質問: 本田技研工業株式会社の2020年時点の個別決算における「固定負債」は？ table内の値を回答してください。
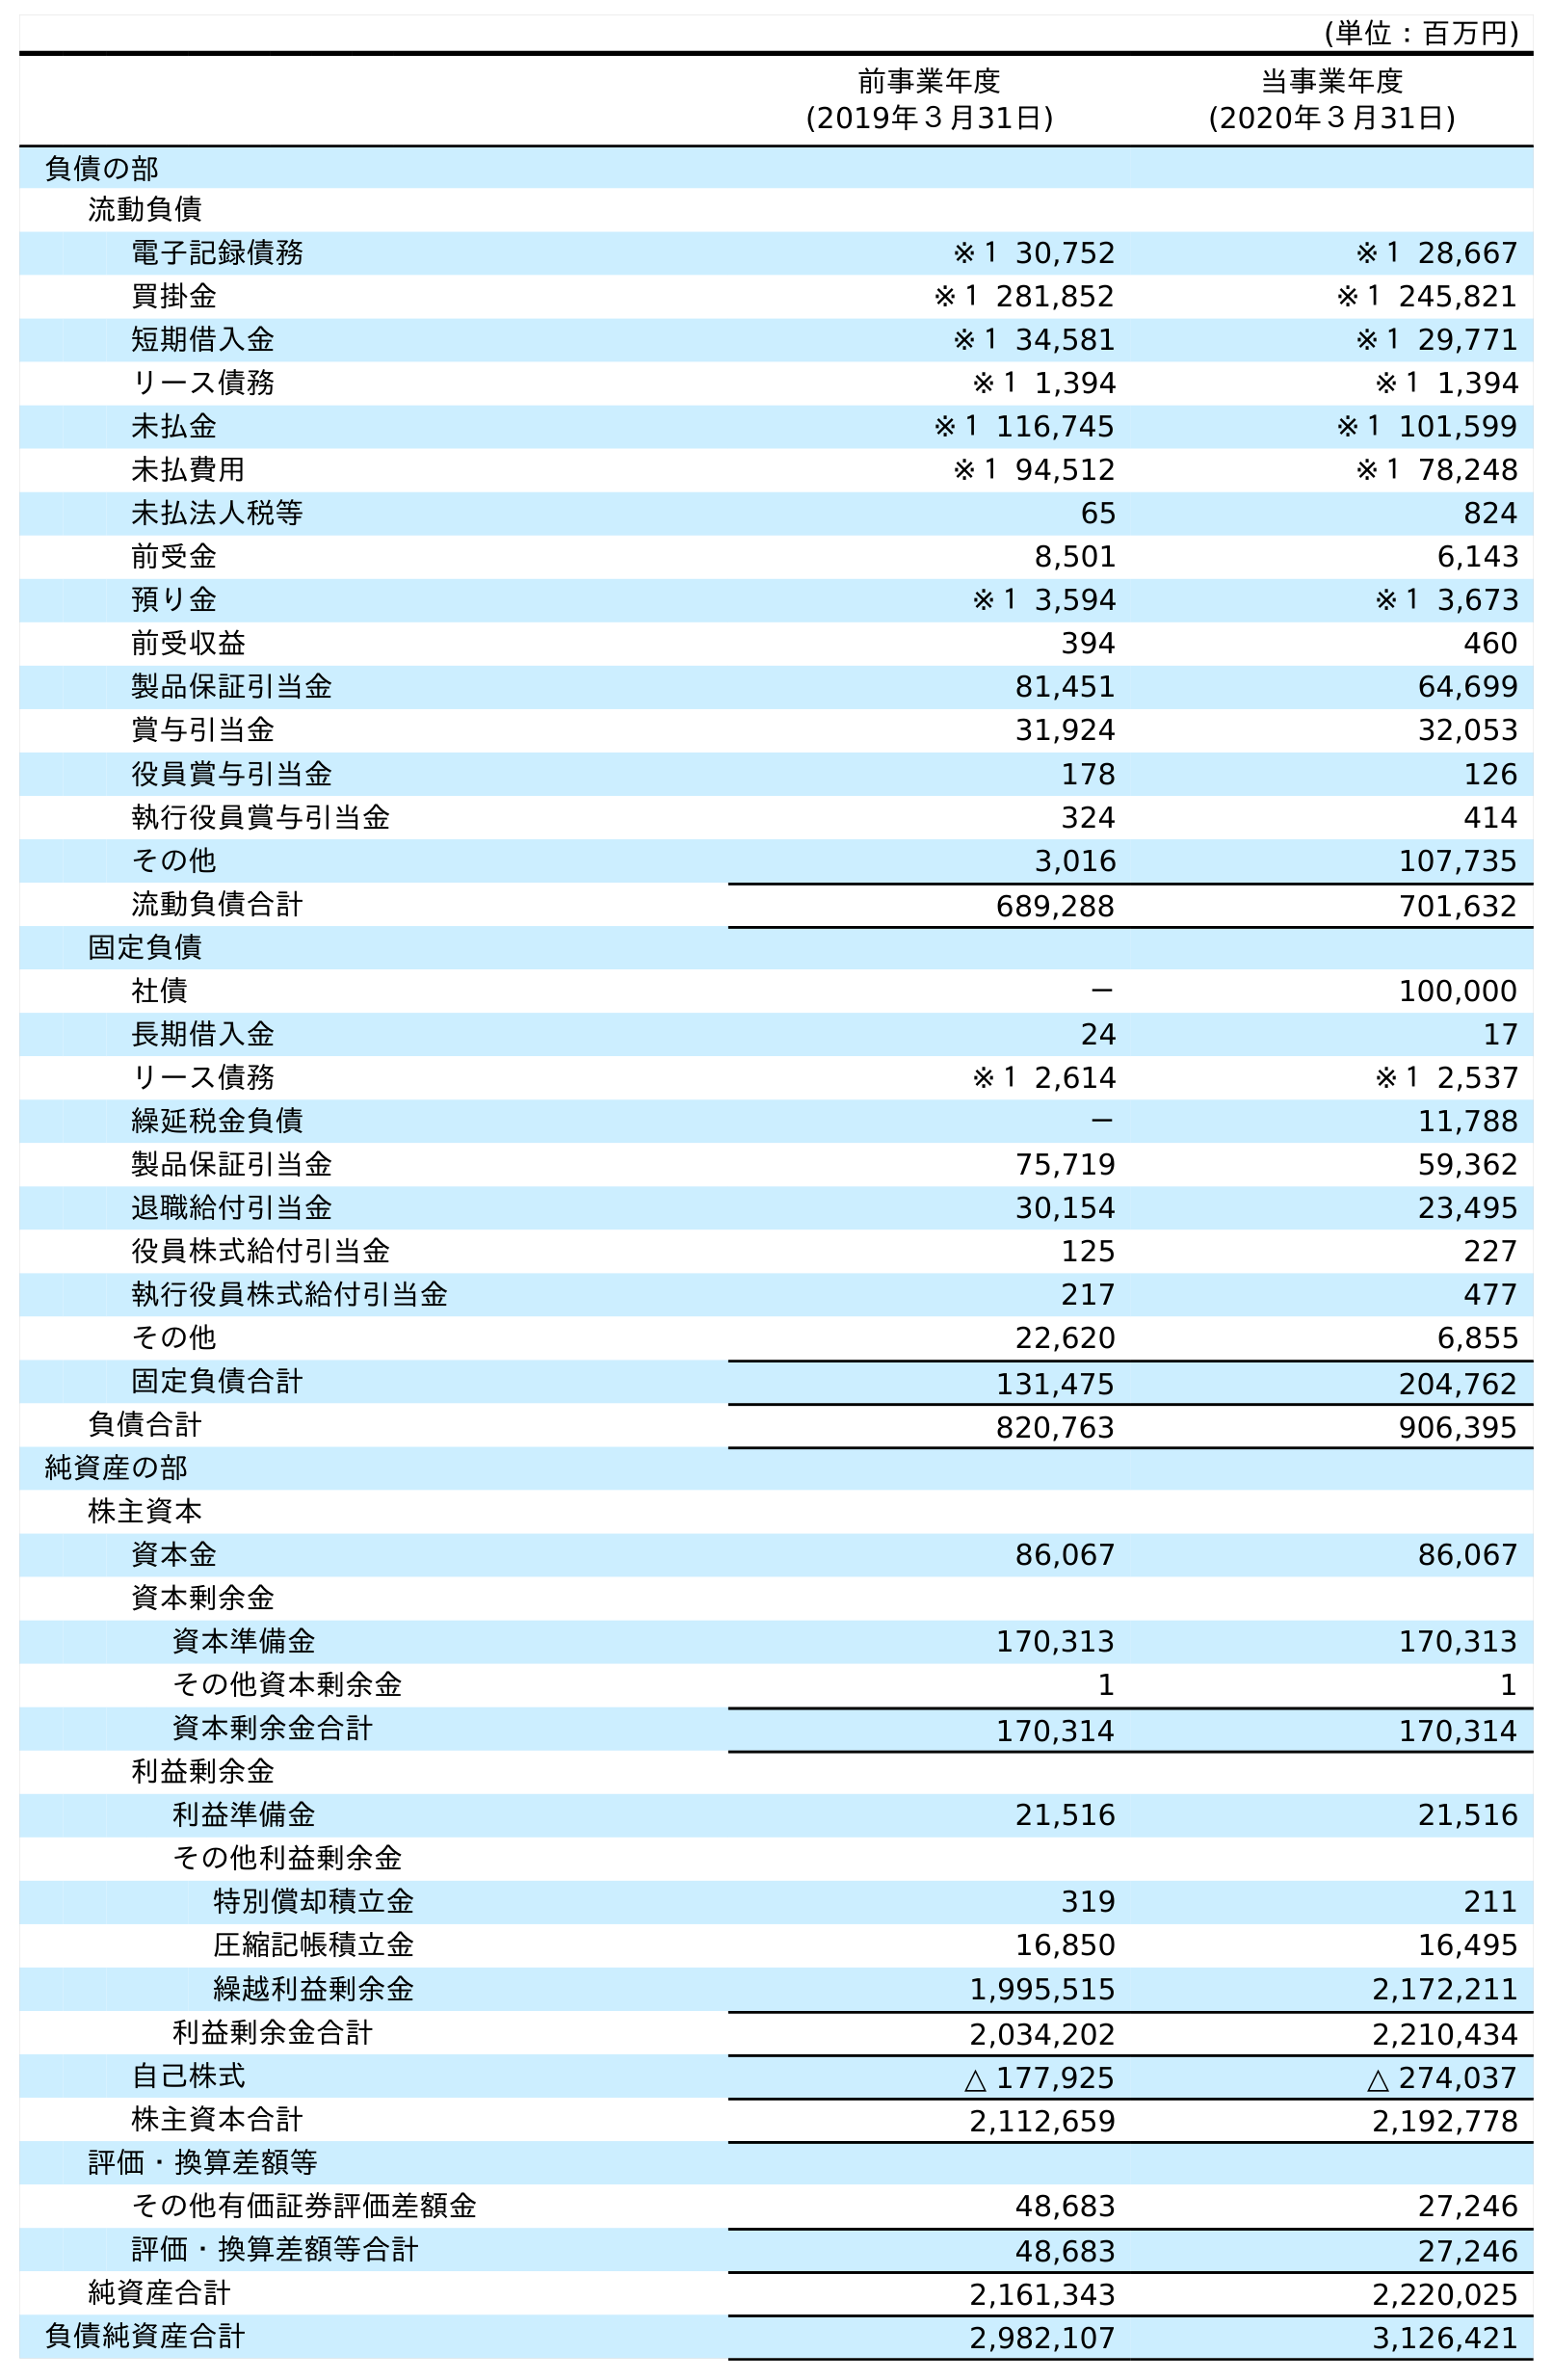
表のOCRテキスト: (単位：百万円) 前事業年度 (2019年３月31日) 当事業年度 (2020年３月31日) 負債の部 流動負債 電子記録債務 ※１ 30,752 ※１ 28,667 買掛金 ※１ 281,852 ※１ 245,821 短期借入金 ※１ 34,581 ※１ 29,771 リース債務 ※１ 1,394 ※１ 1,394 未払金 ※１ 116,745 ※１ 101,599 未払費用 ※１ 94,512 ※１ 78,248 未払法人税等 65 824 前受金 8,501 6,143 預り金 ※１ 3,594 ※１ 3,673 前受収益 394 460 製品保証引当金 81,451 64,699 賞与引当金 31,924 32,053 役員賞与引当金 178 126 執行役員賞与引当金 324 414 その他 3,016 107,735 流動負債合計 689,288 701,632 固定負債 社債 － 100,000 長期借入金 24 17 リース債務 ※１ 2,614 ※１ 2,537 繰延税金負債 － 11,788 製品保証引当金 75,719 59,362 退職給付引当金 30,154 23,495 役員株式給付引当金 125 227 執行役員株式給付引当金 217 477 その他 22,620 6,855 固定負債合計 131,475 204,762 負債合計 820,763 906,395 純資産の部 株主資本 資本金 86,067 86,067 資本剰余金 資本準備金 170,313 170,313 その他資本剰余金 1 1 資本剰余金合計 170,314 170,314 利益剰余金 利益準備金 21,516 21,516 その他利益剰余金 特別償却積立金 319 211 圧縮記帳積立金 16,850 16,495 繰越利益剰余金 1,995,515 2,172,211 利益剰余金合計 2,034,202 2,210,434 自己株式 △ 177,925 △ 274,037 株主資本合計 2,112,659 2,192,778 評価・換算差額等 その他有価証券評価差額金 48,683 27,246 評価・換算差額等合計 48,683 27,246 純資産合計 2,161,343 2,220,025 負債純資産合計 2,982,107 3,126,421
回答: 204,762